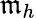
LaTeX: \mathfrak{m}_{h}